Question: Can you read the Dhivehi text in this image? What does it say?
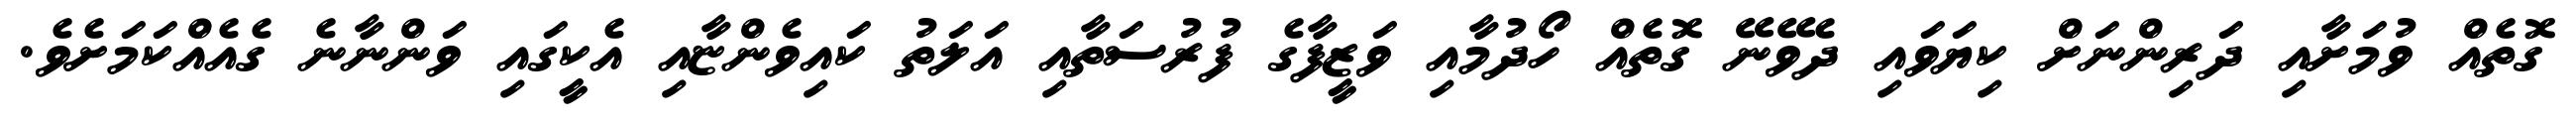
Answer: ގޮތެއް ވުމަށާއި ދަރިންނަށް ކިޔަވައި ދެވޭނޭ ގޮތެއް ހޯދުމާއި ވަޒީފާގެ ފުރުސަތާއި އަލަތު ކައިވެންޏާއި އެކީގައި ވަންނާނެ ގެއެއްކަމަށެވެ.